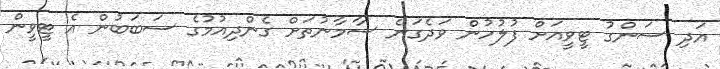
އަދި ސަންގު ޓީވީއަށް ފުލުހުން ވަދެގަނެ ސާމާނުތަށް ގެންދިއުމުގެ ސަބަބުން އެ ޓީވީން